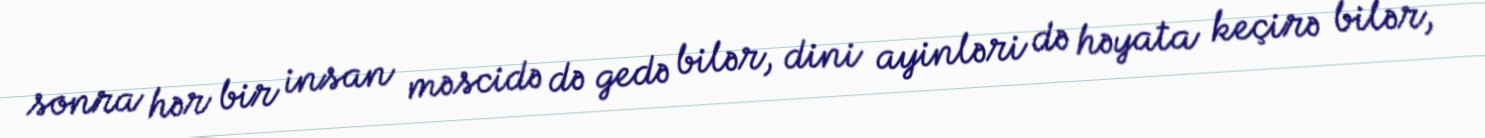
sonra hər bir insan məscidə də gedə bilər, dini ayinləri də həyata keçirə bilər,